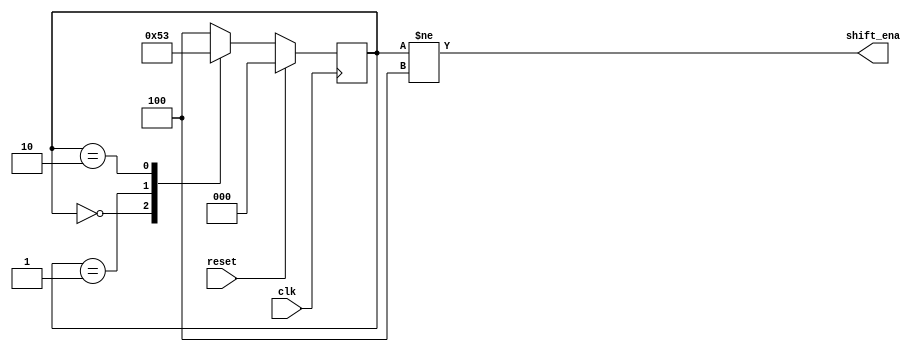
module top_module (
    input clk,
    input reset,      // Synchronous reset
    output shift_ena);

    parameter A = 0, B=1,C=2,D=3,E=4;
    reg shift_ena_r;
    reg[2:0] state;
    reg[2:0] nxt_state;
    assign shift_ena = shift_ena_r;
    assign shift_ena_r = (state != E);
    
    always @(posedge clk) begin
        if(reset) begin
            state <= A;
        end else begin
            state <=  nxt_state;
        end
    end

    always @(*) begin
        case (state)
            A: nxt_state = reset?A:B;
            B: nxt_state = C;
            C: nxt_state = D;
            D: nxt_state = E;
            E: nxt_state = E;
            default: nxt_state = E;
        endcase
    end
endmodule